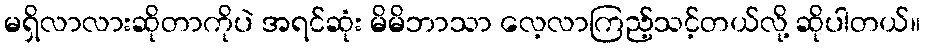
မရှိလာလားဆိုတာကိုပဲ အရင်ဆုံး မိမိဘာသာ လေ့လာကြည့်သင့်တယ်လို့ ဆိုပါတယ်။